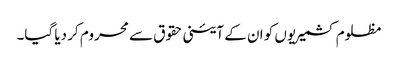
مظلوم کشمیریوں کو ان کے آئینی حقوق سے محروم کر دیا گیا۔